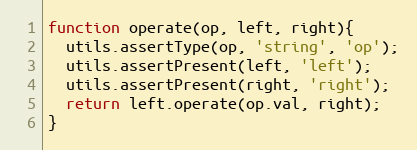
Language: JavaScript
function operate(op, left, right){
  utils.assertType(op, 'string', 'op');
  utils.assertPresent(left, 'left');
  utils.assertPresent(right, 'right');
  return left.operate(op.val, right);
}